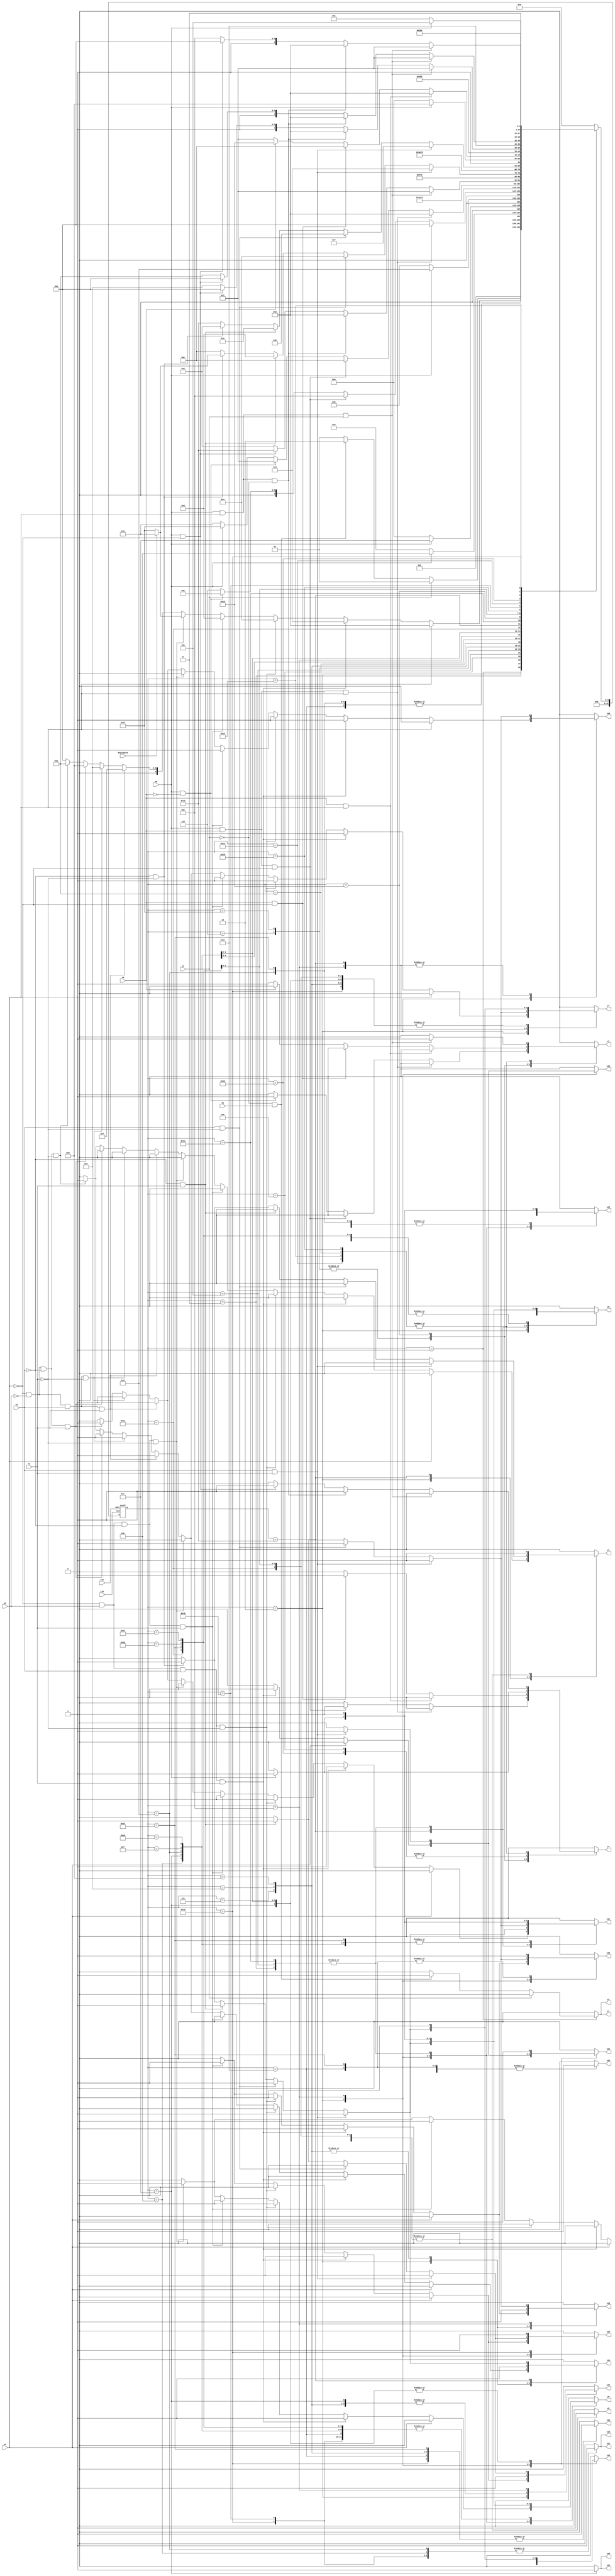
module dmac ( clk,rst,
	x1, x2, x3, x4, x5, x6, x7, x8, keyinput0, 
	y1, y2, y3, y4, y5, y6, y7, y8, y9, y10, y11, y12, y13, y14, y15,
	y16, y17, y18, y19, y20, y21, y22, y23, y24, y25, y26);

input clk, rst, x1, x2, x3, x4, x5, x6, x7, x8, keyinput0;
output y1, y2, y3, y4, y5, y6, y7, y8, y9, y10, y11, y12, y13, y14, y15,
	y16, y17, y18, y19, y20, y21, y22, y23, y24, y25, y26;
reg y1, y2, y3, y4, y5, y6, y7, y8, y9, y10, y11, y12, y13, y14, y15,
	y16, y17, y18, y19, y20, y21, y22, y23, y24, y25, y26;

parameter s1=1, s2=2, s3=3, s4=4, s5=5, s6=6, s7=7, s8=8, s9=9, s10=10,	s11=11, s12=12, s13=13, s14=14, s15=15, s16=16, s17=17, s18=18, s19=19, s20=20,	s21=21, s22=22, s23=23, s24=24, s25=25, s26=26, s27=27, s28=28, s29=29, s30=30, s6_d=31;
integer pr_state;
integer nx_state;

always@ ( posedge rst or negedge clk )
begin
	if ( rst == 1'b1 )
		pr_state = s1;
	else
		pr_state = nx_state;
end

always@ ( pr_state or x1 or x2 or x3 or x4 or x5 or x6 or x7 or x8 or keyinput0)
	begin
			y1 = 1'b0;	y2 = 1'b0;	y3 = 1'b0;	y4 = 1'b0;	
			y5 = 1'b0;	y6 = 1'b0;	y7 = 1'b0;	y8 = 1'b0;	
			y9 = 1'b0;	y10 = 1'b0;	y11 = 1'b0;	y12 = 1'b0;	
			y13 = 1'b0;	y14 = 1'b0;	y15 = 1'b0;	y16 = 1'b0;	
			y17 = 1'b0;	y18 = 1'b0;	y19 = 1'b0;	y20 = 1'b0;	
			y21 = 1'b0;	y22 = 1'b0;	y23 = 1'b0;	y24 = 1'b0;	
			y25 = 1'b0;	y26 = 1'b0;	
		case ( pr_state )
				s1 : if( x7 )
						nx_state = s1;
					else if( ~x7 && x6 )
						begin
							y1 = 1'b1;	y2 = 1'b1;	
							nx_state = s2;
						end
					else if( ~x7 && ~x6 )
						nx_state = s1;
					else nx_state = s1;
				s2 : if( x5 )
						nx_state = s2;
					else if( ~x5 && x3 && x2 && x1 )
						begin
							y6 = 1'b1;	y7 = 1'b1;	y10 = 1'b1;	
							y11 = 1'b1;	y12 = 1'b1;	y14 = 1'b1;	
							y16 = 1'b1;	y17 = 1'b1;	y18 = 1'b1;	
							y22 = 1'b1;	y24 = 1'b1;	
							nx_state = s3;
						end
					else if( ~x5 && x3 && x2 && ~x1 )
						begin
							y6 = 1'b1;	y7 = 1'b1;	y10 = 1'b1;	
							y11 = 1'b1;	y14 = 1'b1;	y16 = 1'b1;	
							y22 = 1'b1;	
							nx_state = s4;
						end
					else if( ~x5 && x3 && ~x2 && x1 )
						begin
							y6 = 1'b1;	y7 = 1'b1;	y10 = 1'b1;	
							y11 = 1'b1;	y14 = 1'b1;	y16 = 1'b1;	
							y17 = 1'b1;	y18 = 1'b1;	y22 = 1'b1;	
							nx_state = s5;
						end
					else if( ~x5 && x3 && ~x2 && ~x1 )
						begin
							y6 = 1'b1;	y10 = 1'b1;	y11 = 1'b1;	
							y23 = 1'b1;	
							if( keyinput0 ) nx_state = s6;
							else nx_state = s6_d;
						end
					else if( ~x5 && ~x3 && x2 && x1 )
						begin
							y7 = 1'b1;	y8 = 1'b1;	y11 = 1'b1;	
							y13 = 1'b1;	y14 = 1'b1;	
							nx_state = s7;
						end
					else if( ~x5 && ~x3 && x2 && ~x1 )
						begin
							y7 = 1'b1;	y8 = 1'b1;	y11 = 1'b1;	
							y13 = 1'b1;	y14 = 1'b1;	
							nx_state = s8;
						end
					else if( ~x5 && ~x3 && ~x2 && x1 )
						begin
							y7 = 1'b1;	y8 = 1'b1;	y11 = 1'b1;	
							y13 = 1'b1;	y14 = 1'b1;	
							nx_state = s9;
						end
					else if( ~x5 && ~x3 && ~x2 && ~x1 )
						begin
							y7 = 1'b1;	y8 = 1'b1;	y9 = 1'b1;	
							y13 = 1'b1;	
							nx_state = s10;
						end
					else nx_state = s2;
				s3 : if( x8 )
						begin
							y6 = 1'b1;	y8 = 1'b1;	y11 = 1'b1;	
							y23 = 1'b1;	
							nx_state = s11;
						end
					else if( ~x8 )
						nx_state = s3;
					else nx_state = s3;
				s4 : if( x8 )
						begin
							y4 = 1'b1;	
							nx_state = s12;
						end
					else if( ~x8 )
						nx_state = s4;
					else nx_state = s4;
				s5 : if( x8 )
						begin
							y6 = 1'b1;	y8 = 1'b1;	y11 = 1'b1;	
							y23 = 1'b1;	
							nx_state = s13;
						end
					else if( ~x8 )
						nx_state = s5;
					else nx_state = s5;
				s6 : if( x8 && x4 && x5 )
						begin
							y4 = 1'b1;	
							nx_state = s2;
						end
					else if( x8 && x4 && ~x5 )
						begin
							y4 = 1'b1;	
							nx_state = s14;
						end
					else if( x8 && ~x4 )
						begin
							y3 = 1'b1;	
							nx_state = s1;
						end
					else if( ~x8 )
						nx_state = s6;
					else nx_state = s6;
				s6_d : if( x8 && x4 && x5 )
						begin
							y4 = 1'b1;	
							nx_state = s2;
						end
					else if( x8 && x4 && ~x5 )
						begin
							y4 = 1'b1;	
							nx_state = s14;
						end
					else if( x8 && ~x4 )
						begin
							y3 = 1'b1;	
							nx_state = s1;
						end
					else if( ~x8 )
						nx_state = s6;
					else nx_state = s6_d;
				s7 : if( 1'b1 )
						begin
							y7 = 1'b1;	y8 = 1'b1;	y11 = 1'b1;	
							y13 = 1'b1;	y15 = 1'b1;	y16 = 1'b1;	
							y17 = 1'b1;	
							nx_state = s15;
						end
					else nx_state = s7;
				s8 : if( 1'b1 )
						begin
							y7 = 1'b1;	y8 = 1'b1;	y11 = 1'b1;	
							y13 = 1'b1;	y15 = 1'b1;	y16 = 1'b1;	
							y17 = 1'b1;	
							nx_state = s16;
						end
					else nx_state = s8;
				s9 : if( 1'b1 )
						begin
							y7 = 1'b1;	y8 = 1'b1;	y11 = 1'b1;	
							y13 = 1'b1;	y15 = 1'b1;	y16 = 1'b1;	
							y17 = 1'b1;	
							nx_state = s17;
						end
					else nx_state = s9;
				s10 : if( x8 && x5 && x7 )
						begin
							y3 = 1'b1;	
							nx_state = s1;
						end
					else if( x8 && x5 && ~x7 )
						begin
							y4 = 1'b1;	
							nx_state = s2;
						end
					else if( x8 && ~x5 )
						begin
							y4 = 1'b1;	
							nx_state = s18;
						end
					else if( ~x8 )
						nx_state = s10;
					else nx_state = s10;
				s11 : if( 1'b1 )
						begin
							y6 = 1'b1;	y8 = 1'b1;	y11 = 1'b1;	
							y19 = 1'b1;	y21 = 1'b1;	y23 = 1'b1;	
							nx_state = s19;
						end
					else nx_state = s11;
				s12 : if( 1'b1 )
						begin
							y6 = 1'b1;	y7 = 1'b1;	y10 = 1'b1;	
							y11 = 1'b1;	y12 = 1'b1;	y17 = 1'b1;	
							y25 = 1'b1;	y26 = 1'b1;	
							nx_state = s20;
						end
					else nx_state = s12;
				s13 : if( 1'b1 )
						begin
							y6 = 1'b1;	y8 = 1'b1;	y11 = 1'b1;	
							y19 = 1'b1;	y21 = 1'b1;	y23 = 1'b1;	
							nx_state = s21;
						end
					else nx_state = s13;
				s14 : if( x2 && x1 )
						begin
							y6 = 1'b1;	y7 = 1'b1;	y10 = 1'b1;	
							y11 = 1'b1;	y12 = 1'b1;	y14 = 1'b1;	
							y16 = 1'b1;	y17 = 1'b1;	y18 = 1'b1;	
							y22 = 1'b1;	y24 = 1'b1;	
							nx_state = s3;
						end
					else if( x2 && ~x1 )
						begin
							y6 = 1'b1;	y7 = 1'b1;	y10 = 1'b1;	
							y11 = 1'b1;	y14 = 1'b1;	y16 = 1'b1;	
							y22 = 1'b1;	
							nx_state = s4;
						end
					else if( ~x2 && x1 )
						begin
							y6 = 1'b1;	y7 = 1'b1;	y10 = 1'b1;	
							y11 = 1'b1;	y14 = 1'b1;	y16 = 1'b1;	
							y17 = 1'b1;	y18 = 1'b1;	y22 = 1'b1;	
							nx_state = s5;
						end
					else if( ~x2 && ~x1 )
						begin
							y6 = 1'b1;	y10 = 1'b1;	y11 = 1'b1;	
							y23 = 1'b1;	
							if( keyinput0 ) nx_state = s6;
							else nx_state = s6_d;
						end
					else nx_state = s14;
				s15 : if( 1'b1 )
						begin
							y6 = 1'b1;	y7 = 1'b1;	y10 = 1'b1;	
							y11 = 1'b1;	y12 = 1'b1;	
							nx_state = s22;
						end
					else nx_state = s15;
				s16 : if( 1'b1 )
						begin
							y6 = 1'b1;	y7 = 1'b1;	y10 = 1'b1;	
							y11 = 1'b1;	y12 = 1'b1;	
							nx_state = s23;
						end
					else nx_state = s16;
				s17 : if( 1'b1 )
						begin
							y5 = 1'b1;	y6 = 1'b1;	y7 = 1'b1;	
							y8 = 1'b1;	y9 = 1'b1;	
							nx_state = s24;
						end
					else nx_state = s17;
				s18 : if( x2 && x1 )
						begin
							y7 = 1'b1;	y8 = 1'b1;	y11 = 1'b1;	
							y13 = 1'b1;	y14 = 1'b1;	
							nx_state = s7;
						end
					else if( x2 && ~x1 )
						begin
							y7 = 1'b1;	y8 = 1'b1;	y11 = 1'b1;	
							y13 = 1'b1;	y14 = 1'b1;	
							nx_state = s8;
						end
					else if( ~x2 && x1 )
						begin
							y7 = 1'b1;	y8 = 1'b1;	y11 = 1'b1;	
							y13 = 1'b1;	y14 = 1'b1;	
							nx_state = s9;
						end
					else if( ~x2 && ~x1 )
						begin
							y7 = 1'b1;	y8 = 1'b1;	y9 = 1'b1;	
							y13 = 1'b1;	
							nx_state = s10;
						end
					else nx_state = s18;
				s19 : if( 1'b1 )
						begin
							y6 = 1'b1;	y8 = 1'b1;	y11 = 1'b1;	
							y15 = 1'b1;	y20 = 1'b1;	y22 = 1'b1;	
							y23 = 1'b1;	
							nx_state = s21;
						end
					else nx_state = s19;
				s20 : if( x8 )
						begin
							y6 = 1'b1;	y8 = 1'b1;	y11 = 1'b1;	
							y23 = 1'b1;	
							nx_state = s25;
						end
					else if( ~x8 )
						nx_state = s20;
					else nx_state = s20;
				s21 : if( x4 && x5 )
						begin
							y4 = 1'b1;	
							nx_state = s2;
						end
					else if( x4 && ~x5 )
						begin
							y4 = 1'b1;	
							nx_state = s14;
						end
					else if( ~x4 )
						begin
							y3 = 1'b1;	
							nx_state = s1;
						end
					else nx_state = s21;
				s22 : if( 1'b1 )
						begin
							y5 = 1'b1;	y6 = 1'b1;	y7 = 1'b1;	
							y8 = 1'b1;	y9 = 1'b1;	
							nx_state = s26;
						end
					else nx_state = s22;
				s23 : if( 1'b1 )
						begin
							y5 = 1'b1;	y6 = 1'b1;	y7 = 1'b1;	
							y8 = 1'b1;	y9 = 1'b1;	
							nx_state = s27;
						end
					else nx_state = s23;
				s24 : if( x8 && x5 && x7 )
						begin
							y3 = 1'b1;	
							nx_state = s1;
						end
					else if( x8 && x5 && ~x7 )
						begin
							y4 = 1'b1;	
							nx_state = s2;
						end
					else if( x8 && ~x5 )
						begin
							y4 = 1'b1;	
							nx_state = s18;
						end
					else if( ~x8 )
						nx_state = s24;
					else nx_state = s24;
				s25 : if( 1'b1 )
						begin
							y6 = 1'b1;	y8 = 1'b1;	y11 = 1'b1;	
							y19 = 1'b1;	y21 = 1'b1;	y23 = 1'b1;	
							nx_state = s28;
						end
					else nx_state = s25;
				s26 : if( x8 && x5 && x7 )
						begin
							y3 = 1'b1;	
							nx_state = s1;
						end
					else if( x8 && x5 && ~x7 )
						begin
							y4 = 1'b1;	
							nx_state = s2;
						end
					else if( x8 && ~x5 )
						begin
							y4 = 1'b1;	
							nx_state = s18;
						end
					else if( ~x8 )
						nx_state = s26;
					else nx_state = s26;
				s27 : if( x8 )
						begin
							y4 = 1'b1;	
							nx_state = s29;
						end
					else if( ~x8 )
						nx_state = s27;
					else nx_state = s27;
				s28 : if( 1'b1 )
						begin
							y6 = 1'b1;	y8 = 1'b1;	y11 = 1'b1;	
							y15 = 1'b1;	y20 = 1'b1;	y22 = 1'b1;	
							y23 = 1'b1;	
							nx_state = s21;
						end
					else nx_state = s28;
				s29 : if( 1'b1 )
						begin
							y5 = 1'b1;	y6 = 1'b1;	y7 = 1'b1;	
							y8 = 1'b1;	y9 = 1'b1;	y15 = 1'b1;	
							y18 = 1'b1;	y19 = 1'b1;	y20 = 1'b1;	
							y21 = 1'b1;	
							nx_state = s30;
						end
					else nx_state = s29;
				s30 : if( x8 && x5 && x7 )
						begin
							y3 = 1'b1;	
							nx_state = s1;
						end
					else if( x8 && x5 && ~x7 )
						begin
							y4 = 1'b1;	
							nx_state = s2;
						end
					else if( x8 && ~x5 )
						begin
							y4 = 1'b1;	
							nx_state = s18;
						end
					else if( ~x8 )
						nx_state = s30;
					else nx_state = s30;

			default : nx_state = 0;
		endcase
	end
endmodule